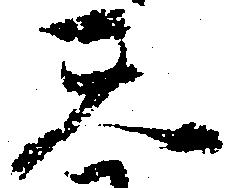
天